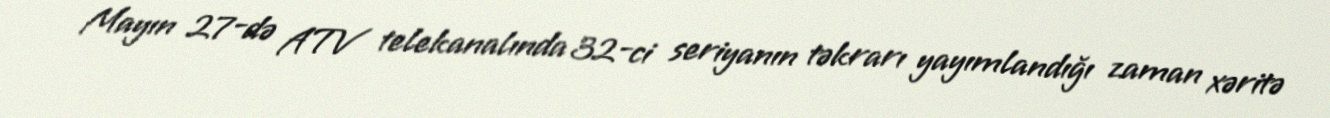
Mayın 27-də ATV telekanalında 32-ci seriyanın təkrarı yayımlandığı zaman xəritə